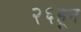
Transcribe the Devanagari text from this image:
२६हून